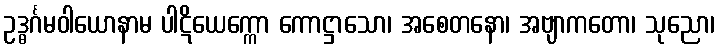
ဥဒ္ဓင်္ဂမဝါယောနာမ ပါဋိယေက္ကော ကောဋ္ဌာသော၊ အစေတနော၊ အဗျာကတော၊ သုညော၊